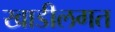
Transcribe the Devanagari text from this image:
खाडीलगत